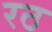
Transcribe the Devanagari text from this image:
रठ